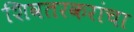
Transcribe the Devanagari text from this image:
शिवतरकरांचा